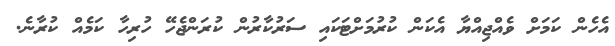
އެހެން ކަމަށް ވެއްޖިއްޔާ އެކަން ކުރުމަށްޓަކައި ސަރުކާރުން ކުރަންޖެހޭ ހުރިހާ ކަމެއް ކުރާނެ.